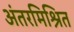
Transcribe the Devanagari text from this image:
अंतरमिश्रित